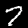
Label: 7